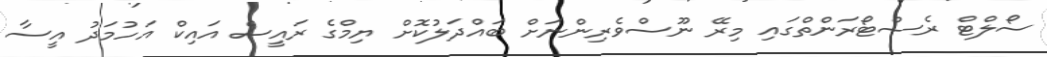
ސޯލްޓް ރެސްޓޯރަންތްގައި މިރޭ ނޫސްވެރިންނަށް ބައްދަލުކޮށް ޔިމްގެ ރައީސް އައިކް އަހުމަދު އީސާ